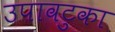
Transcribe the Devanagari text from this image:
उपावटुका